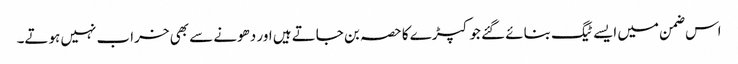
اس ضمن میں ایسے ٹیگ بنائے گئے جو کپڑے کا حصہ بن جاتے ہیں اور دھونے سے بھی خراب نہیں ہوتے۔